Senior Leaving Certificate Examination (including Day School Certificate (Higher) General paper), 1947
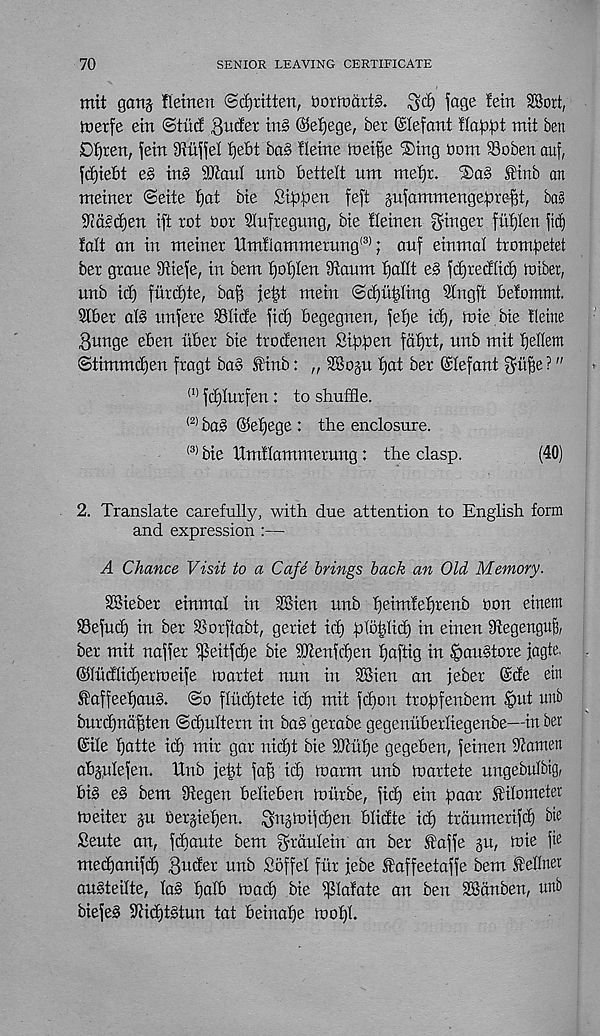
70
SENIOR LEAVING CERTIFICATE
mit gang fletnen ©djritten, OorincirtS. ^d) fage fein SBort,
tnerfe ein @tud 3 u^er
©eljege, ber ©lefant
mit ben
D{)ren, fein Siu^'el f)ebt bas !Ieine toetfje ®tng bom SSoben auf,
fdjtebt e§ in§> 9JianI unb bettelt um mef)r.
Sinb an
metner ©eite I)at bte St^en feft gufammenge^re-^t, bag
^dldjen ift rot bor Slnftegung, bte tlemen ginger fittjlen jid)
fait an in nteiner Hmflammeritng (3) ; anf einmal tronigetet
ber grane iRiefe, in bent f)of)Ien Stattm I)aIIt e§ fdjredlid) loiber,
unb id) furdjte, ba^ jetjt mein ©d)tt|Iing SIngft Befommt.
9lber al§ ttnfere Slide fid) begegnen, fefje id), toie bie fleine
gunge eben ttber bie trodenen Sigpen fdtjrt, unb mit Ijellem
Stimmd)eit fragt ba§ finb: „ SBogu pat ber ©lefant gt’tpe ?"
(1) fiplurfen: to shuffle.
(2) bab ©epege : the enclosure.
(3) bie Umflammerung: the clasp.
(40)
2. Translate carefully, with due attention to English form
and expression :—
A Chance Visit to a Cafe brings back an Old Memory.
SBieber einmal in SBien unb peimfeprenb bon einem
Sefucp in ber Sorffabt, geriet icp ptohlid) in einen Segenguj),
ber mit naffer ^eitfcpe bie StRenfcpen paftig in §au§tore jagte.
©Indlitpertoeife toartet nun in SBien an feber ©de ein
SaffeepauS. @o flittptete id) mit fcpon tropfenbem §ut unb
burcpnapten (Scpultern in ba§ gerabe gegenitberliegenbe—in ber
©he patte id) mir gar nicpt bie Stupe gegeben, feinen Stamen
abgulefen. Unb jept faff id) toarm unb foartete ungebulbig,
big eg bem Stegen belieben toitrbe, ficp ein paar kilometer
toeiter gu bergiepen. gngtoifcpen blidte id) trdumerifd) bte
Settle an, fdiaute bem grdulein an ber ftaffe gu, tote fte
mecpanifcp guder unb Soffel fitr jebe I'affeetaffe bem f eflner
augteilte, lag palb toacp bie Palate an ben SBdnbett, unb
biefeg Stidjtgtun tat beinape toopl.